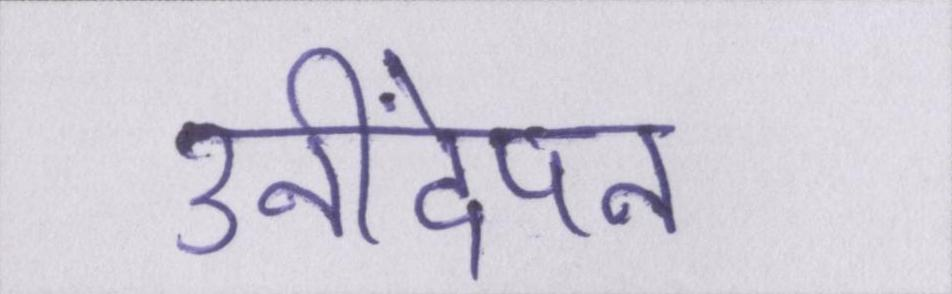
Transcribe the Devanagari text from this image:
उनींदेपन